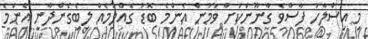
މި އިސްލާހު ފާސްވެ ގާނޫނަކަށް ވުމުން އެންމެ ބޮޑު ގެއްލުމެއް ލިބިެގެންދާނީ އެންމެ